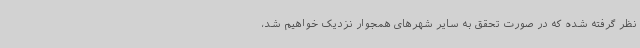
نظر گرفته شده که در صورت تحقق به سایر شهرهای همجوار نزدیک خواهیم شد،